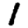
Digit: 1